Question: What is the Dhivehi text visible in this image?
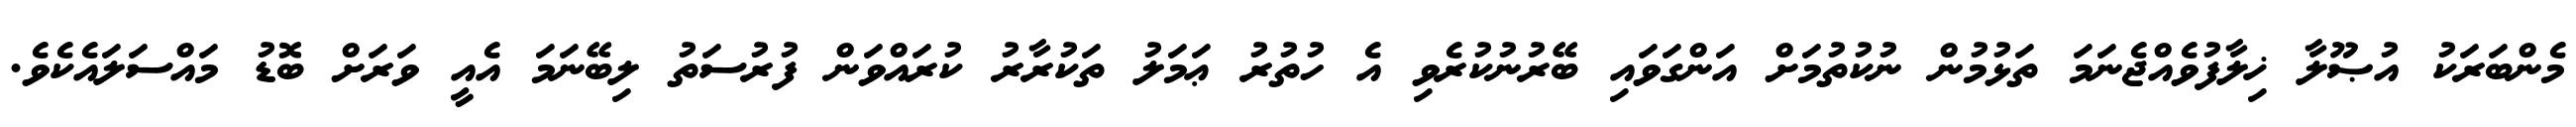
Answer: މެންބަރަކު އުޞޫލާ ޚިލާފުވެއްޖެނަމަ ތަޅުމުން ނުކުތުމަށް އަންގަވައި ބޭރުނުކުރެވި އެ ހުތުރު ޢަމަލު ތަކުރާރު ކުރައްވަން ފުރުސަތު ލިބޭނަމަ އެއީ ވަރަށް ބޮޑު މައްސަލައެކެވެ.